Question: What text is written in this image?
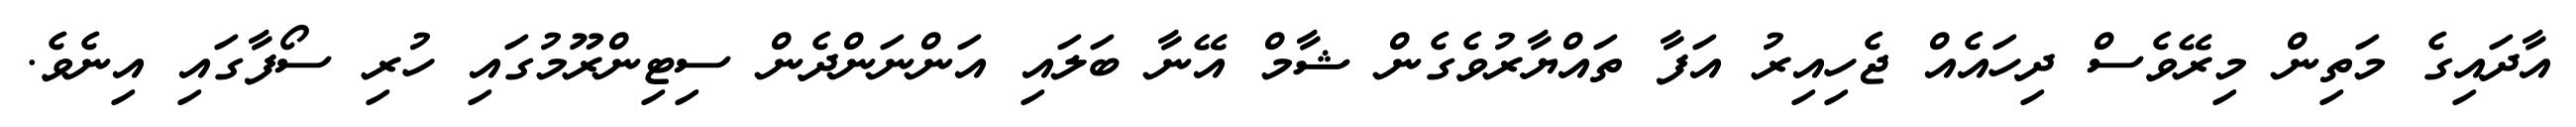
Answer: އާދައިގެ މަތިން މިރޭވެސް ދިހައެއް ޖެހިއިރު އަފާ ތައްޔާރުވެގެން ޝާމް އޭނާ ބަލައި އަންނަންދެން ސިޓިންރޫމުގައި ހުރި ސޯފާގައި އިނެވެ.